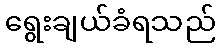
ရွေးချယ်ခံရသည်